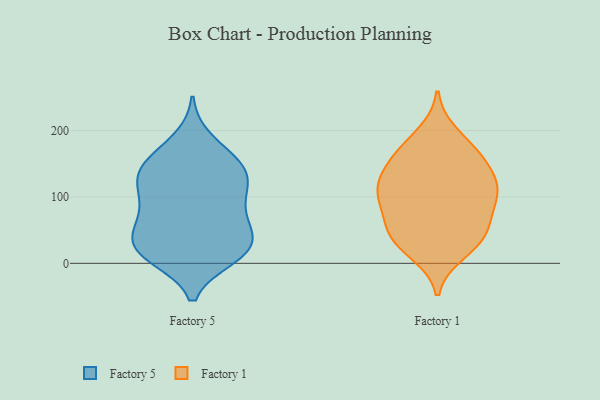
{"axis": {"x": "Backlog", "y": "Value"}, "legend": ["Factory 1", "Factory 5"], "data": [{"x": "", "y": 149, "type": "Factory 5"}, {"x": "", "y": 42, "type": "Factory 5"}, {"x": "", "y": 65, "type": "Factory 5"}, {"x": "", "y": 22, "type": "Factory 5"}, {"x": "", "y": 10, "type": "Factory 5"}, {"x": "", "y": 20, "type": "Factory 5"}, {"x": "", "y": 108, "type": "Factory 5"}, {"x": "", "y": 185, "type": "Factory 5"}, {"x": "", "y": 124, "type": "Factory 5"}, {"x": "", "y": 12, "type": "Factory 5"}, {"x": "", "y": 117, "type": "Factory 5"}, {"x": "", "y": 117, "type": "Factory 5"}, {"x": "", "y": 70, "type": "Factory 5"}, {"x": "", "y": 153, "type": "Factory 5"}, {"x": "", "y": 83, "type": "Factory 5"}, {"x": "", "y": 22, "type": "Factory 5"}, {"x": "", "y": 141, "type": "Factory 5"}, {"x": "", "y": 56, "type": "Factory 5"}, {"x": "", "y": 24, "type": "Factory 5"}, {"x": "", "y": 154, "type": "Factory 5"}, {"x": "", "y": 101, "type": "Factory 1"}, {"x": "", "y": 49, "type": "Factory 1"}, {"x": "", "y": 16, "type": "Factory 1"}, {"x": "", "y": 159, "type": "Factory 1"}, {"x": "", "y": 125, "type": "Factory 1"}, {"x": "", "y": 79, "type": "Factory 1"}, {"x": "", "y": 172, "type": "Factory 1"}, {"x": "", "y": 114, "type": "Factory 1"}, {"x": "", "y": 60, "type": "Factory 1"}, {"x": "", "y": 96, "type": "Factory 1"}, {"x": "", "y": 110, "type": "Factory 1"}, {"x": "", "y": 31, "type": "Factory 1"}, {"x": "", "y": 31, "type": "Factory 1"}, {"x": "", "y": 163, "type": "Factory 1"}, {"x": "", "y": 195, "type": "Factory 1"}, {"x": "", "y": 48, "type": "Factory 1"}, {"x": "", "y": 116, "type": "Factory 1"}, {"x": "", "y": 145, "type": "Factory 1"}]}